Statistics of inoculations with Haffkine's anti-plague vaccine 1897-1900
Year: 1897
Disease focus: Plague
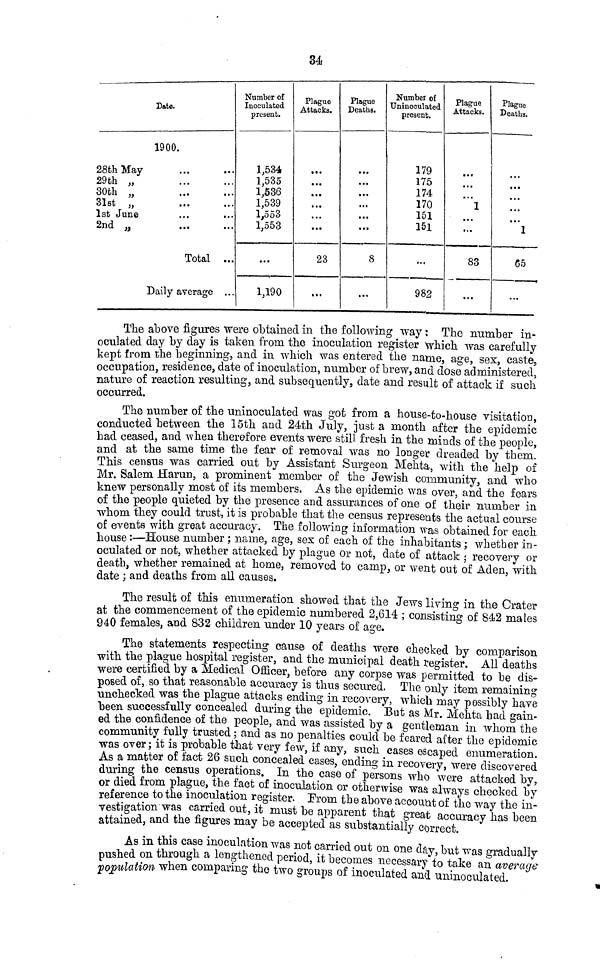
3á
Date.
1900.
28th May
29th „
30th „
31st „
1st June
2nd „
Total ...
Daily average . . .
Number of
Inoculated
present.
1,534
1,535
1,536
1,539
1,553
1,553
...
1,190
Plague
Attacks.
...
...
...
...
...
...
23
...
Plague
Deaths.
...
...
...
...
...
...
8
...
Number of
Uninoculated
present.
179
175
174
170
151
151
...
982
Plague
Attacks.
1
...
83
...
Plague
Deaths.
...
1
65
...
The above figures were obtained in the following way : The number in-
oculated day by day is taken from the inoculation register which was carefully
kept from the beginning, and in which was entered the name, age, sex, caste,
occupation, residence, date of inoculation, number of brew, and dose administered
nature of reaction resulting, and subsequently, date and result of attack if such
occurred.
The number of the uninoculated was got from a house-to-house visitation
conducted between the 15th and 24th July, justa month after the epidemic
had ceased, and when therefore events were still fresh in the minds of the people
and at the same time the fear of removal was no longer dreaded by them
This census was carried out by Assistant Surgeon Mehta with the help of
Mr. Salem Harun, a prominent member of the Jewish community, and who
knew personally most of its members. As the epidemic was over, and the fears
of the people quieted by the presence and assurances of one of their number in
whom they could trust, it is probable that the census represents the actual course
of events with great accuracy. The following information was obtained for each
houses-House number ; name, age, sex of each of the inhabitants ; whether in-
oculated or not, whether attacked by plague or not, date of attack ; recovery or
death, whether remained at home, removed to camp, or went out of Aden with
date ; and deaths from all causes.
The result of this enumeration showed that the Jews living- in the Crater
at the commencement of the epidemic numbered 2,614 · consisting of 842 males
940 females, and 832 children under 10 years of age. COnsisting of 842 males
The statements respecting cause of deaths were checked by comparison
with the Plague hospital register, and the municipal death register AU deaths
were certified by a Medical Officer, before any corpse was permitted to be dis
posed of, so that reasonable accuracy is thus secured. The only item remaining
unchecked was the plague attacks ending in recovery, which may passibly have
been successfully concealed during the epidemic But as Mr Mehta had gain.
ed the confidence of the people and was assisted by a gentleman in whom the
community fully trusted fand as no penalties could be fear after the epidemic
was over; it is probable that very few if any, such cases escaped enumeration
As a matter of fact 26 such concealed cases ending in Caped en T eration -
during the census operation. In the case of persons who were attacked by,
or died from plague, the fact of i n o c u l a t i o n n or ot her wi s e was al ways checked by, a t t a i ne d, and the figures may be accepted as substantially
pushed on through a lengthened period, it become neceassary to take an average
population when comparing the two groups of inoculated and uninoculated.